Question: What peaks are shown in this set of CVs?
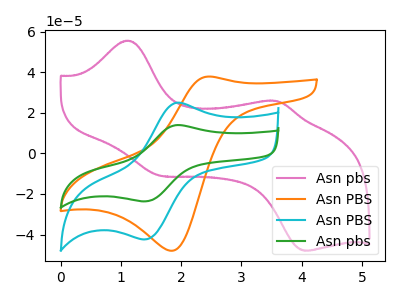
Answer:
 <answer>The pink curve "Asn pbs" has anodic peaks at (1.10V, 55.55uA) (3.60V, 25.70uA) and cathodic peaks at (1.65V, -10.95uA) (4.05V, -47.95uA). The orange curve "Asn PBS" has an anodic peak at (2.45V, 37.85uA) and a cathodic peak at (1.85V, -48.00uA). The cyan curve "Asn PBS" has an anodic peak at (1.90V, 24.85uA) and a cathodic peak at (1.40V, -42.40uA). The green curve "Asn pbs" has an anodic peak at (1.90V, 13.85uA) and a cathodic peak at (1.40V, -23.65uA).</answer>
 <eval></eval>